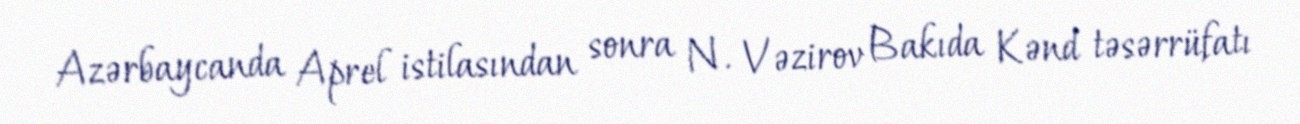
Azərbaycanda Aprel istilasından sonra N. Vəzirov Bakıda Kənd təsərrüfatı